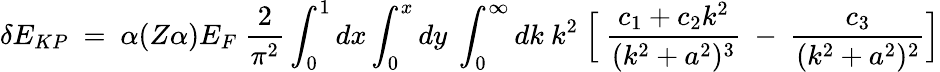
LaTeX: \delta E_{KP}~=~\alpha(Z\alpha)E_{F}~\frac{2}{\pi^{2}}\int_{0}^{1}{dx}\int_{0}^{x}{dy}~\int_{0}^{\infty}{dk}~k^{2}~\Bigl[~\frac{c_{1}+c_{2}k^{2}}{(k^{2}+a^{2})^{3}}~-~\frac{c_{3}}{(k^{2}+a^{2})^{2}}\Bigr]